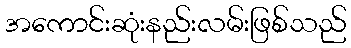
အကောင်းဆုံးနည်းလမ်းဖြစ်သည်